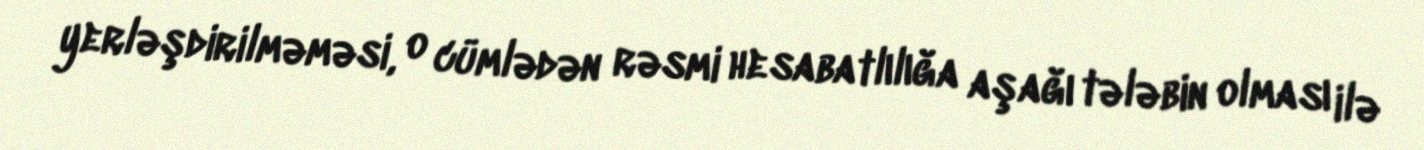
yerləşdirilməməsi, o cümlədən rəsmi hesabatlılığa aşağı tələbin olması ilə